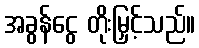
အခွန်ငွေ တိုးမြှင့်သည်။